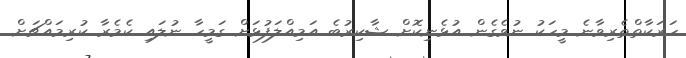
ހަރަކާތްތެރިވާނެ މީހަކު ނުވެގެން އުޅެނިކޮށް ޝާކިރުބެ އަމިއްލަފުޅަށް ގަމީހާ ނުލައި ކެމެރާ ކުރިމައްޗަށް